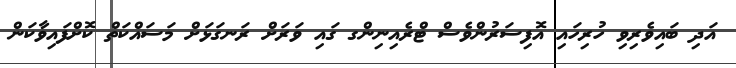
އަދި ބައިވެރިވި ހުރިހައި އޮފިސަރުންވެސް ޓްރެއިނިންގ ގައި ވަރަށް ރަނގަޅަށް މަސައްކަތް ކޮށްފައިވާކަން